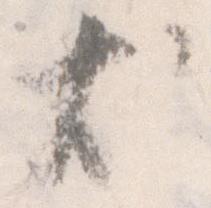
尤